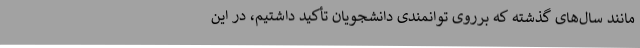
مانند سال‌های گذشته که برروی توانمندی دانشجویان تأکید داشتیم، در این